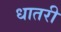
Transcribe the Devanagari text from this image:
धातरी